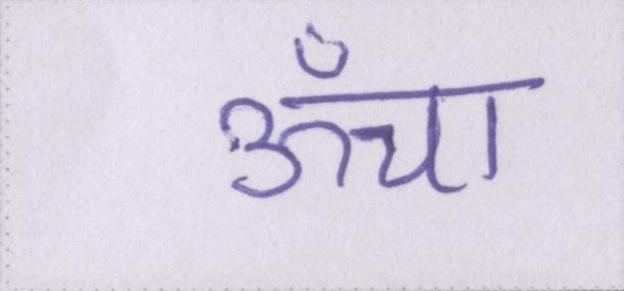
ऊँचा